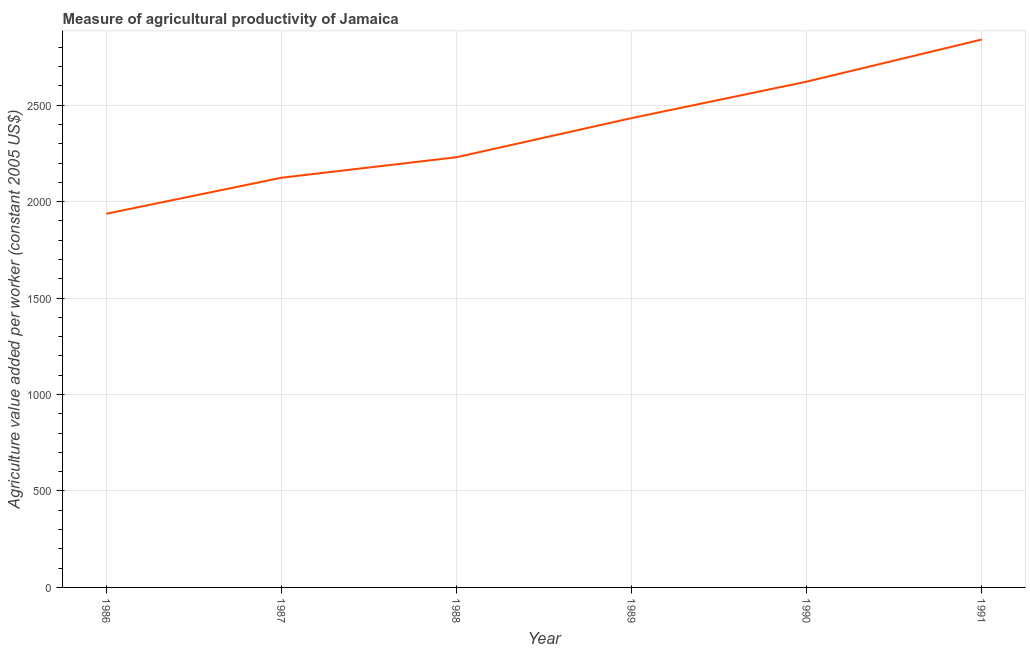
| Year | Agriculture value added per worker |
 | --- | --- |
 | 1986 | 1.94e+03 |
 | 1987 | 2.12e+03 |
 | 1988 | 2.23e+03 |
 | 1989 | 2.43e+03 |
 | 1990 | 2.62e+03 |
 | 1991 | 2.84e+03 |